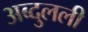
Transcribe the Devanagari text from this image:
अब्दुलली